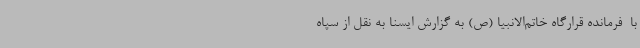
با  فرمانده قرارگاه خاتم‌الانبیا (ص) به گزارش ایسنا به نقل از سپاه